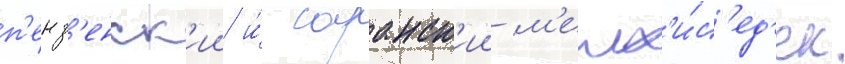
п'енз'енск'ии и́ саранск'ии м'елх'и́с'ед'ек